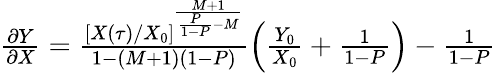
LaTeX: \begin{array}{r}{\frac{\partial Y}{\partial X}=\frac{\left[X(\tau)/X_{0}\right]^{\frac{M+1}{\frac{P}{1-P}-M}}}{1-(M+1)(1-P)}\left(\frac{Y_{0}}{X_{0}}+\frac{1}{1-P}\right)-\frac{1}{1-P}}\end{array}